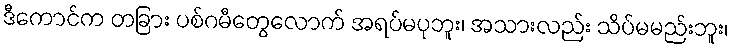
ဒီကောင်က တခြား ပစ်ဂမီတွေလောက် အရပ်မပုဘူး၊ အသားလည်း သိပ်မမည်းဘူး၊